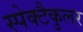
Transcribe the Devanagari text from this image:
स्पेक्टैकुलर